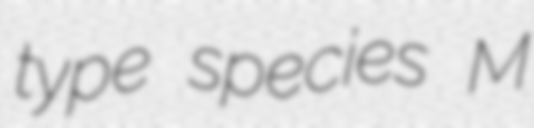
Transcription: type species M